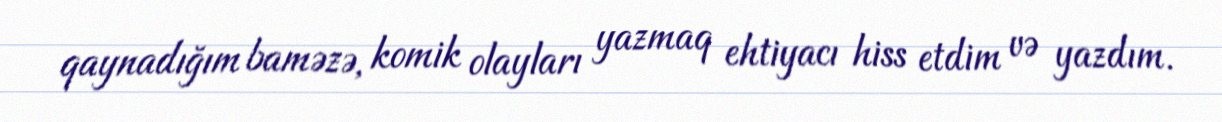
qaynadığım baməzə, komik olayları yazmaq ehtiyacı hiss etdim və yazdım.